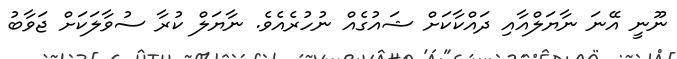
ނޫނީ އޭނަ ނާޔަލްއާއި ދައްކާކަށް ޝައުގެއް ނުހުރެއެވެ. ނާޔަލް ކުރާ ސުވާލަކަށް ޖަވާބު